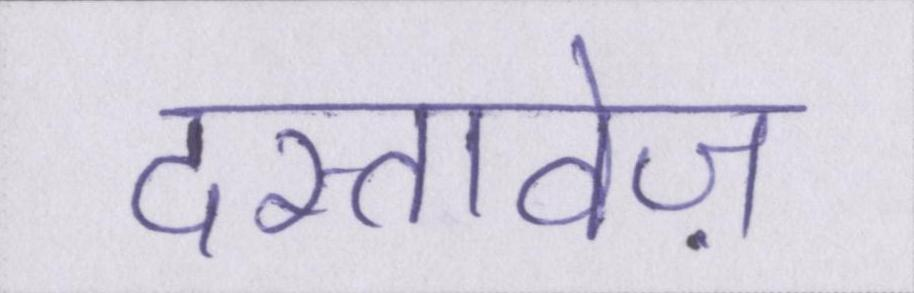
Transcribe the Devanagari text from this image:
दस्तावेज़